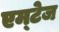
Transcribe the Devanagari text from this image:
एम्टेज